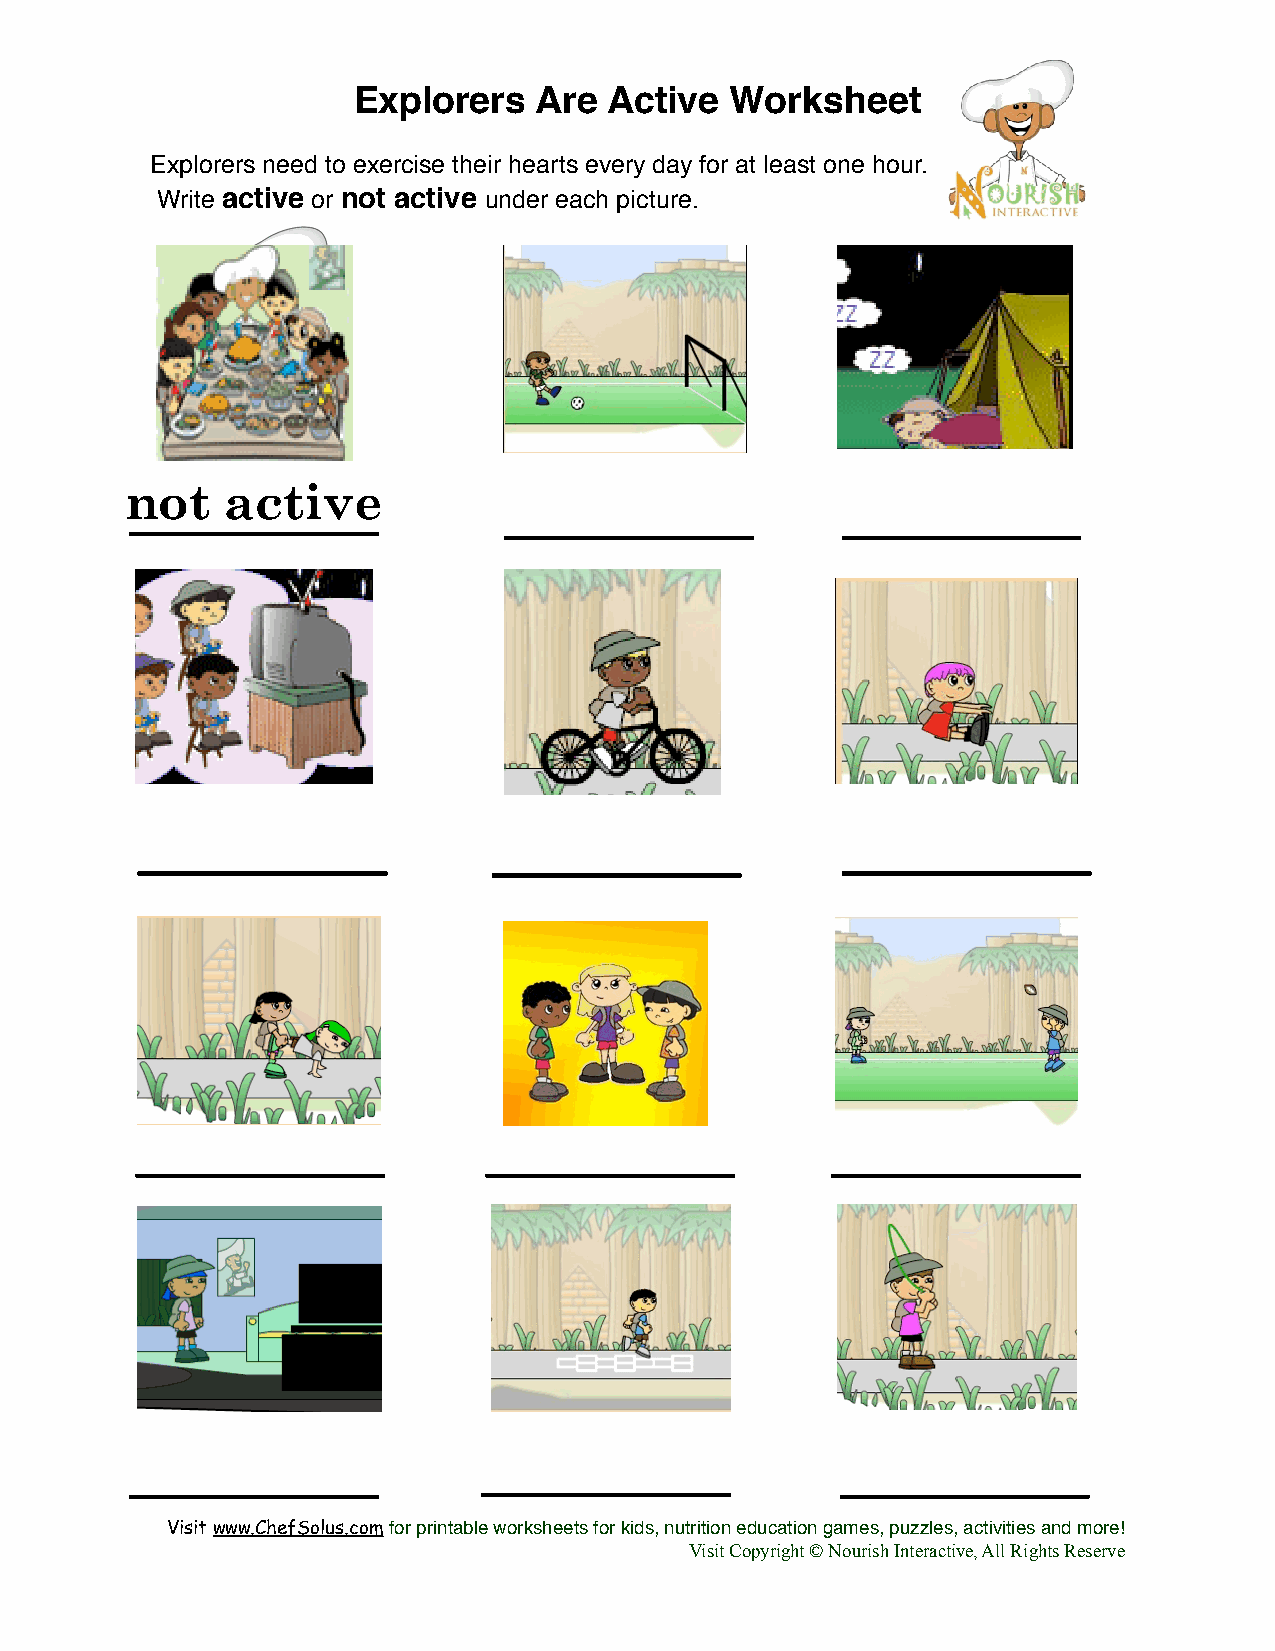
Explorers   Are  Active  Worksheet
 Explorers need to exercise their hearts every day for at least one hour.
 Write active or not active under each picture.
 not    active
 Visit www.ChefSolus.com for printable worksheets for kids, nutrition education games, puzzles, activities and more!
 Visit Copyright © Nourish Interactive, All Rights Reserve